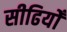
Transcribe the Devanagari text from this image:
सीढियोँ